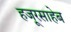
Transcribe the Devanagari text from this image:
हजूरसाहेब